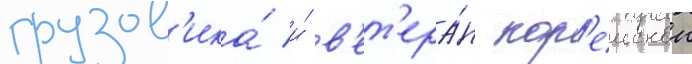
грузов'ика́ и́ в'ет'ера́н кор'еискои